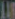
LAR